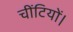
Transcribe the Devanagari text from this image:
चींटियों।